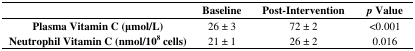
<table><thead><tr><td></td><td><b>Baseline</b></td><td><b>Post-Intervention</b></td><td><b><i>p</i> Value</b></td></tr></thead><tbody><tr><td><b>Plasma Vitamin C (μmol/L)</b></td><td>26 ± 3</td><td>72 ± 2</td><td>&lt;0.001</td></tr><tr><td><b>Neutrophil Vitamin C (nmol/10<sup>8</sup> cells)</b></td><td>21 ± 1</td><td>26 ± 2</td><td>0.016</td></tr></tbody></table>